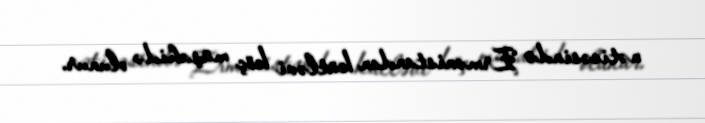
nəticəsində Ermənistandan kütləvi köç müşahidə olunur.